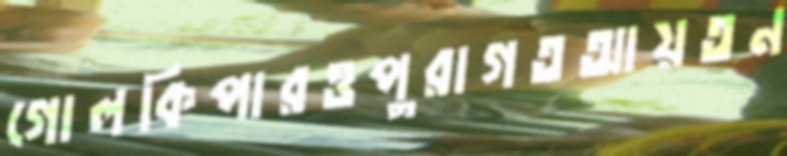
গোলকিপারওপুরাগতআয়তন